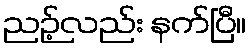
ညဉ့်လည်း နက်ပြီ။